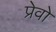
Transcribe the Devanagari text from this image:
प्रेवो